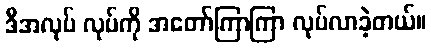
ဒီအလုပ် လုပ်ကို အတော်ကြာကြာ လုပ်လာခဲ့တယ်။